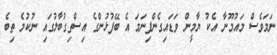
ނަމަވެސް މައުމޫނާ އެކު ޔާމީން ވަޑައިގެންފިނަމަ އެ ބޭފުޅުންގެ އިސްތިގުބާލުގައި ނުކުމެ ތިބެ